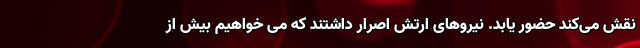
نقش می‌کند حضور یابد. نیروهای ارتش اصرار داشتند که می خواهیم بیش از